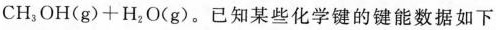
CH_{3}OH(g)+H_{2}O(g)。已知某些化学键的键能数据如下